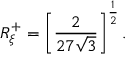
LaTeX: R _ { \xi } ^ { + } = \left[ \frac { 2 } { 2 7 \sqrt { 3 } } \right] ^ { \frac { 1 } { 2 } } .